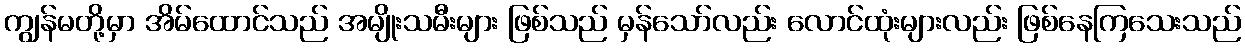
ကျွန်မတို့မှာ အိမ်ထောင်သည် အမျိုးသမီးများ ဖြစ်သည် မှန်သော်လည်း လောင်ထုံးများလည်း ဖြစ်နေကြသေးသည်